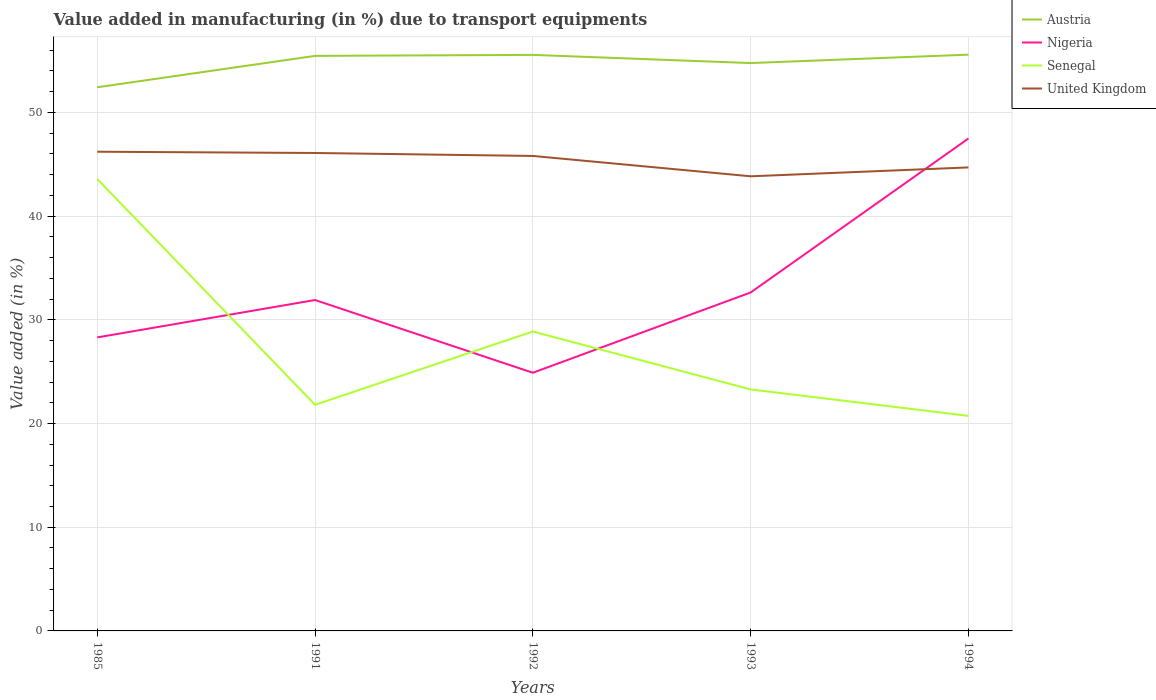
| Years | Austria | Nigeria | Senegal | United Kingdom |
 | --- | --- | --- | --- | --- |
 | 1985 | 52.4 | 28.3 | 43.6 | 46.2 |
 | 1991 | 55.5 | 31.9 | 21.8 | 46.1 |
 | 1992 | 55.6 | 24.9 | 28.9 | 45.8 |
 | 1993 | 54.8 | 32.6 | 23.3 | 43.8 |
 | 1994 | 55.6 | 47.5 | 20.7 | 44.7 |